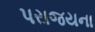
પરાજયના